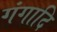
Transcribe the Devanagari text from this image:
गंगादि